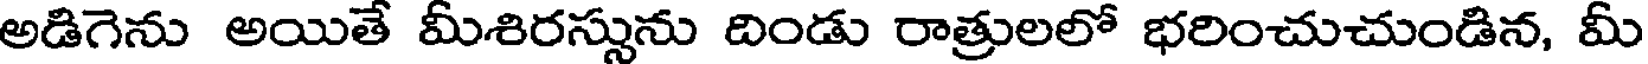
అడిగెను అయితే మీశిరస్సును దిండు రాత్రులలో భరించుచుండిన, మీ